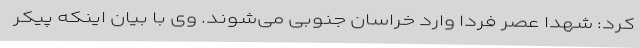
کرد: شهدا عصر فردا وارد خراسان جنوبی می‌شوند. وی با بیان اینکه پیکر